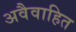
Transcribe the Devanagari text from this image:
अवैवाहित